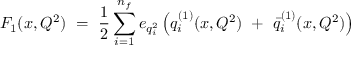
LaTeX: F _ { 1 } ( x , Q ^ { 2 } ) ~ = ~ { \frac { 1 } { 2 } } \sum _ { i = 1 } ^ { n _ { f } } e _ { q _ { i } ^ { 2 } } \left( q _ { i } ^ { ( 1 ) } ( x , Q ^ { 2 } ) ~ + ~ { \bar { q } } _ { i } ^ { ( 1 ) } ( x , Q ^ { 2 } ) \right)